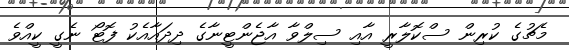
މެޗުގެ ކުރިން ސްކޮލާރީ އާއި ސިލްވާ އާޖެންޓީނާގެ ދިދައާއެކު ފޮޓޯ ނެގީ ކީއްވެ